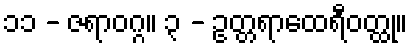
၁၁ - ဇရာဝဂ္ဂ။ ၃ - ဥတ္တရာထေရီဝတ္ထု။